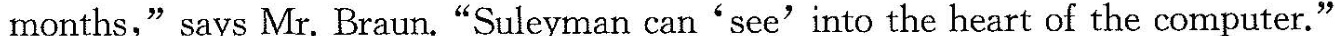
months," says Mr. Braun."Suleyman can 'see' into the heart of the computer."